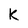
Character: K